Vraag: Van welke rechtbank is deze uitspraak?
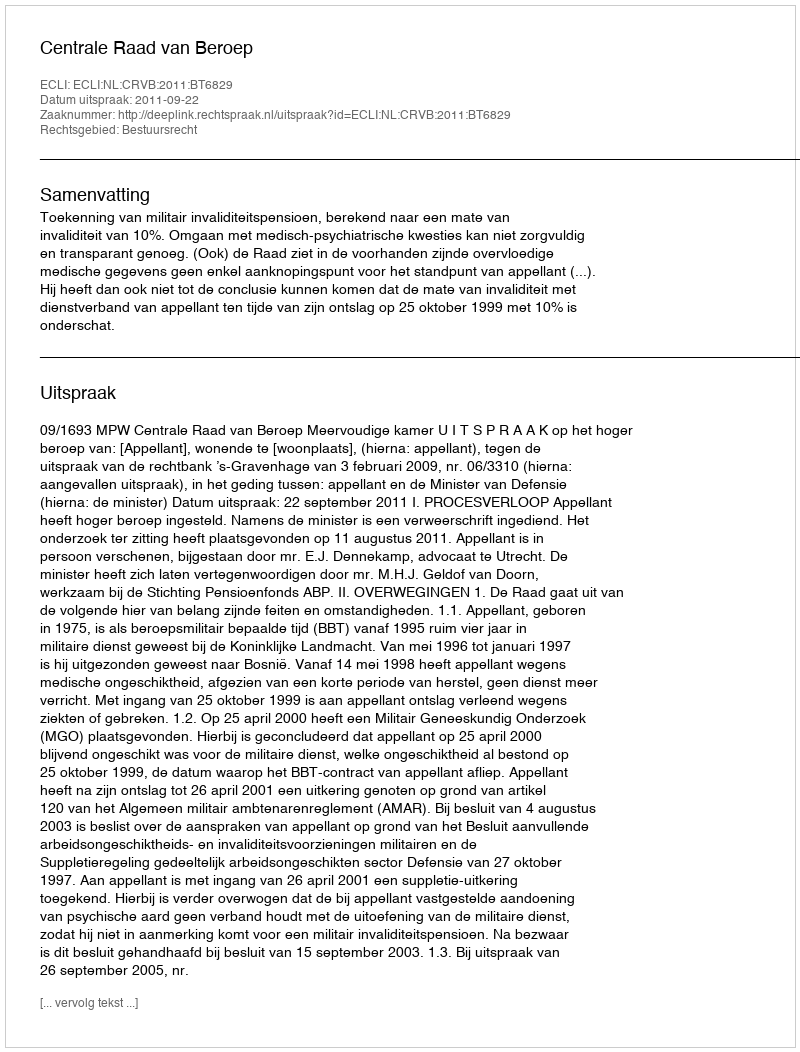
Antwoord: Centrale Raad van Beroep